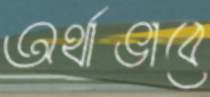
অর্থাভাবে